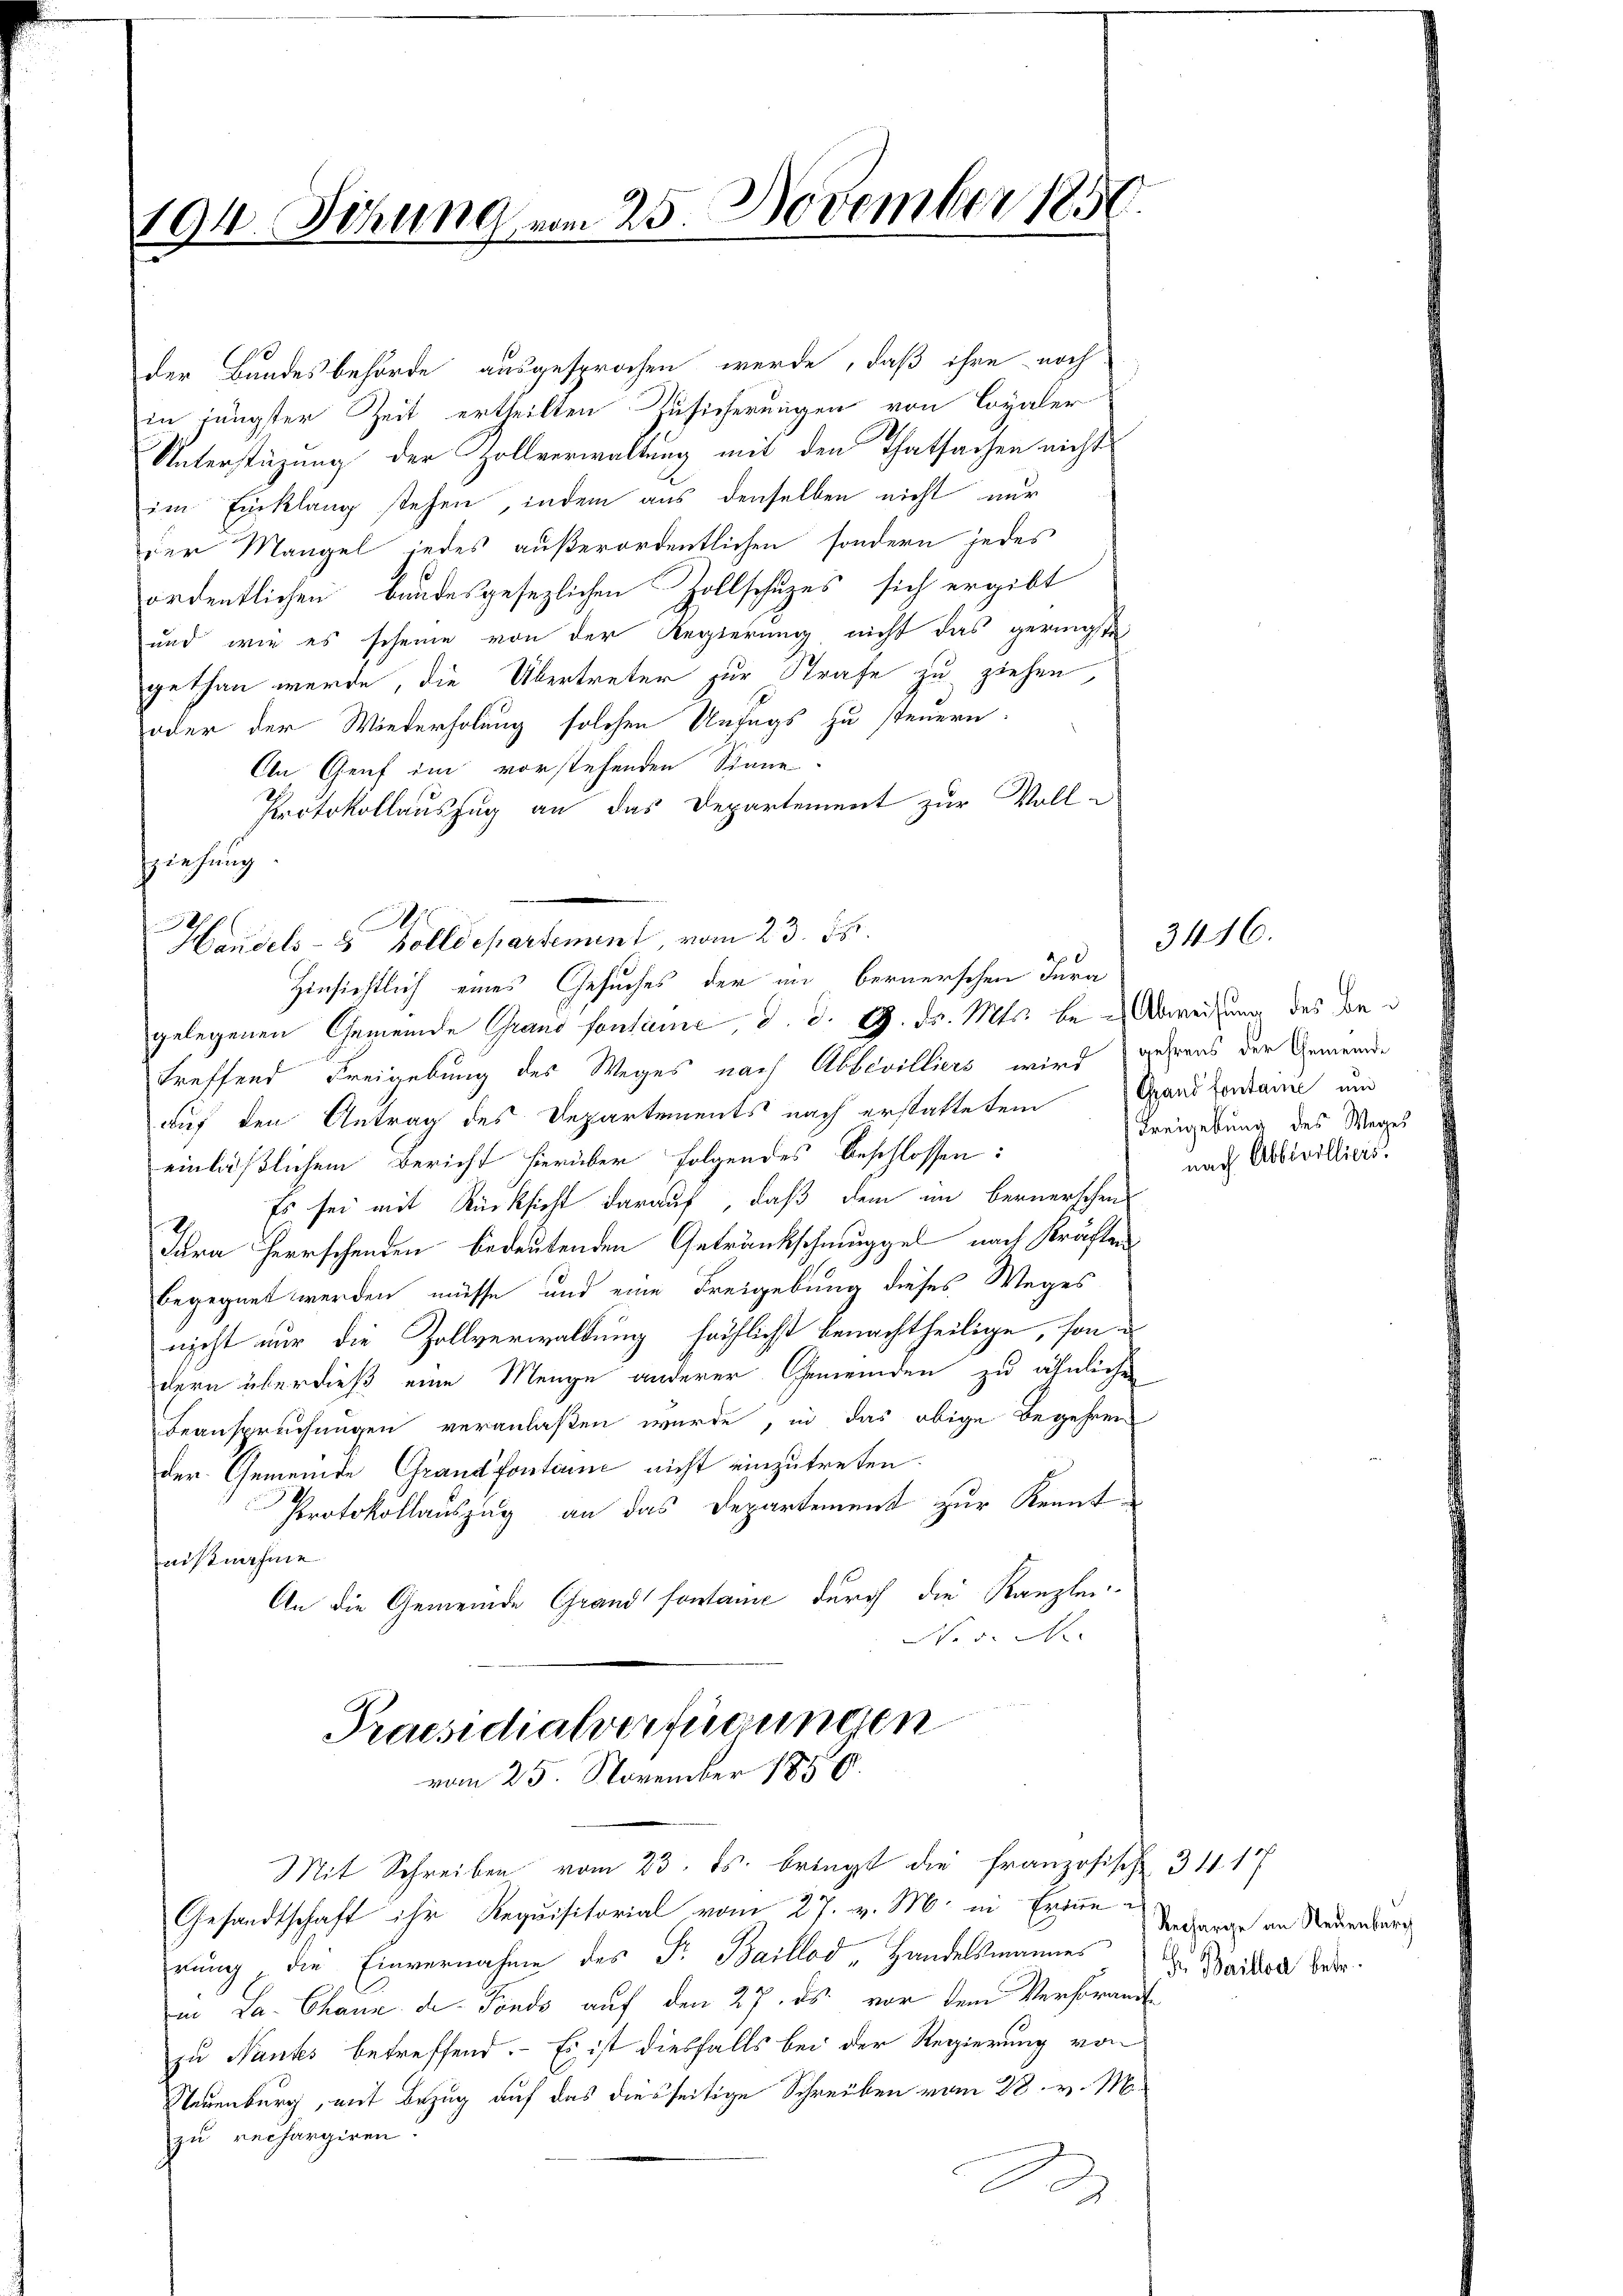
194. Sitzung vom 25. November 1850

der Bundesbehörde ausgesprochen werde, daß ihre noch
in jüngster Zeit ertheilten Zusicherungen von Coyaler
Unterstüzung der Zollverwaltung mit den Thatsachen nicht
im Einklang stehen, indem aus denselben nicht nur
der Mangel jedes außerordentlichen sondern jedes
ordentlichen bandesgesezlichen Zollschuzes sich ergibt
und wie es scheine von der Regierung nicht das geringste
gethan werde, die Übertreter zur Strafe zu ziehen,
oder der Wiederholung solchen Unfugs zu steuern.
An Genf im vorstehenden Sinne
Protokollauszug an das Departement zur Vollgelegenen Gemeinde Grand fontane, d. d. 9. ds. Mts. be Abweisung des von d
treffend Freigebung des Weges nach Abbevilliers wird gehrens der Gemeinde
auf den Antrag des Departements nach erstattetem
einläßlichem Bericht hierüber folgendes Beschlossen:
Es sei mit Rücksicht darauf, daß dem im Bernerschen
Tara Herrschenden bedeutenden Getränkschmuggel nach Kräften
begegnet werden müsse, und eine Freigebung dieses Weges
nicht nur die Zollverwaltung sächlichst benachtheilige, sondern überdieß eine Menge anderer Gemeinden zu ähnlichen
Beanspruchungen veranlaßen wurde, in das obige Begehren
der Gemeinde Grand fontan nicht einzutreten.
Protokollauszug an das Departement zur Kennt-
nißnahme
An die Gemeinde Grand fontaine durch die Kanzlei-
No v. M.

sziehung

.
Handels- 5 Zolldepartement, vom 23. 58.

Praesidialverfügungen
vom 25. November 1858.

Hinsichtlich eines Gesuches der in bernerschen Jura

Mit Schreiben vom 23. ds. bringt die französische 311. 17
Gesandtschaft ihr Requisitorial vom 27. v. M. in Erinnerrung die Einvernahme des Fr. Baillod „Handelsmannes
in La Chann de Fondo auf den 27. ds. vor dem Versorandzu Nantes betreffend. Es ist diesfalls bei der Regierung von
Neuenburg, mit Bezug auf das diesseitige Schreiben vom 28. v. M.
zu rechargiren.
B

(Grand Containe und
Freigebung des Weges
nach Abbivillicis.

3416.

Recharge an Neuenburg
 Baillod betr.